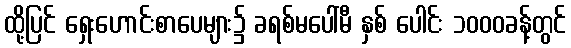
ထို့ပြင် ရှေးဟောင်းစာပေများ၌ ခရစ်မပေါ်မီ နှစ် ပေါင်း ၁၀၀၀ခန့်တွင်